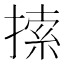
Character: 𢱢